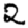
Digit: 2